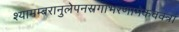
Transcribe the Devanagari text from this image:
श्यामम्बरानुलेपनस्रगाभरणामेकवक्त्रां